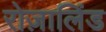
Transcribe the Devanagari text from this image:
रोज़ालिंड